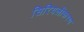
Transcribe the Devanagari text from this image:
सिरियलीकरण